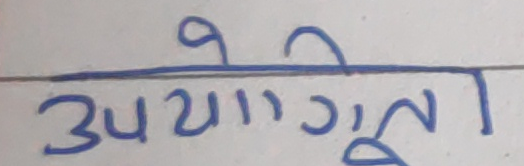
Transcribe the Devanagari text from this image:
उपयोगी